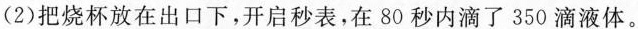
（2）把烧杯放在出口下，开启秒表，在80秒内滴了350滴液体。